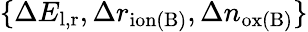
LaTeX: \{ \Delta E_{\mathrm{l,r}},\Delta r_{\mathrm{ion(B)}},\Delta n_{\mathrm{ox(B)}}\}